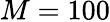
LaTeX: M=100